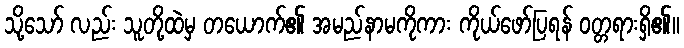
သို့သော် လည်း သူတို့ထဲမှ တယောက်၏ အမည်နာမကိုကား ကိုယ်ဖော်ပြရန် ဝတ္တရားရှိ၏။